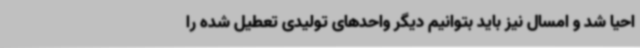
احیا شد و امسال نیز باید بتوانیم دیگر واحدهای تولیدی تعطیل شده را